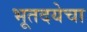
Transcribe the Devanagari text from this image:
भूतदयेचा